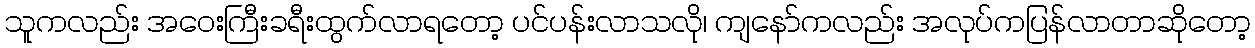
သူကလည်း အဝေးကြီးခရီးထွက်လာရတော့ ပင်ပန်းလာသလို၊ ကျနော်ကလည်း အလုပ်ကပြန်လာတာဆိုတော့